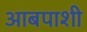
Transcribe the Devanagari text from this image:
आबपाशी